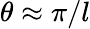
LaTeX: \theta\approx\pi/l